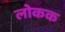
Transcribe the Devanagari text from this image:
लोकक